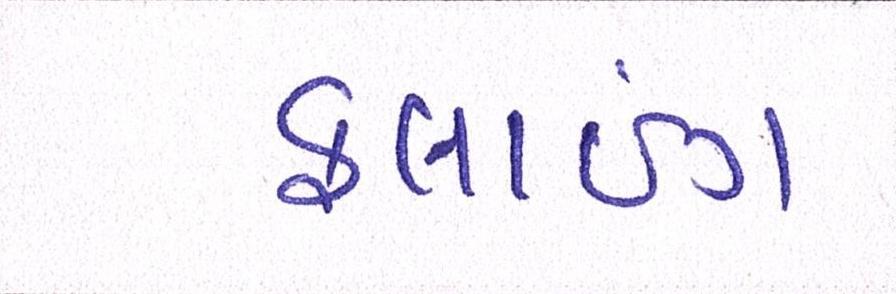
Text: ફ્લાઇંગ